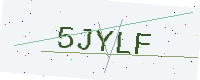
Text: 5JYLF